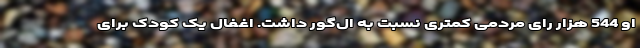
او 544 هزار رای مردمی کمتری نسبت به ال‌گور داشت. اغفال یک کودک برای